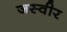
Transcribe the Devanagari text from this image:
जस्वीर